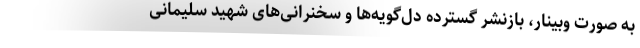
به صورت وبینار، بازنشر گسترده دل‌گویه‌ها و سخنرانی‌های شهید سلیمانی